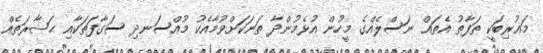
މަޣުރިބަކީ ތަފާތު އެތައް ނަސްލެއްގެ މީހުން އުޅެމުންދާ ތަނަކަށްވުމާއެކު މުއްސަނދި ސަގާފަތަކާއި ޙަޟާރަތެއް